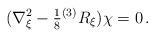
LaTeX: \begin{align*}(\nabla_{\xi}^{2} -{\textstyle\frac{1}{8}} {}^{(3)}R_{\xi})\chi = 0\, .\end{align*}